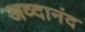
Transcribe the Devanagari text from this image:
अव्दानंद